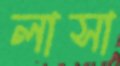
লাসা